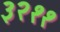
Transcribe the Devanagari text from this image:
३२११